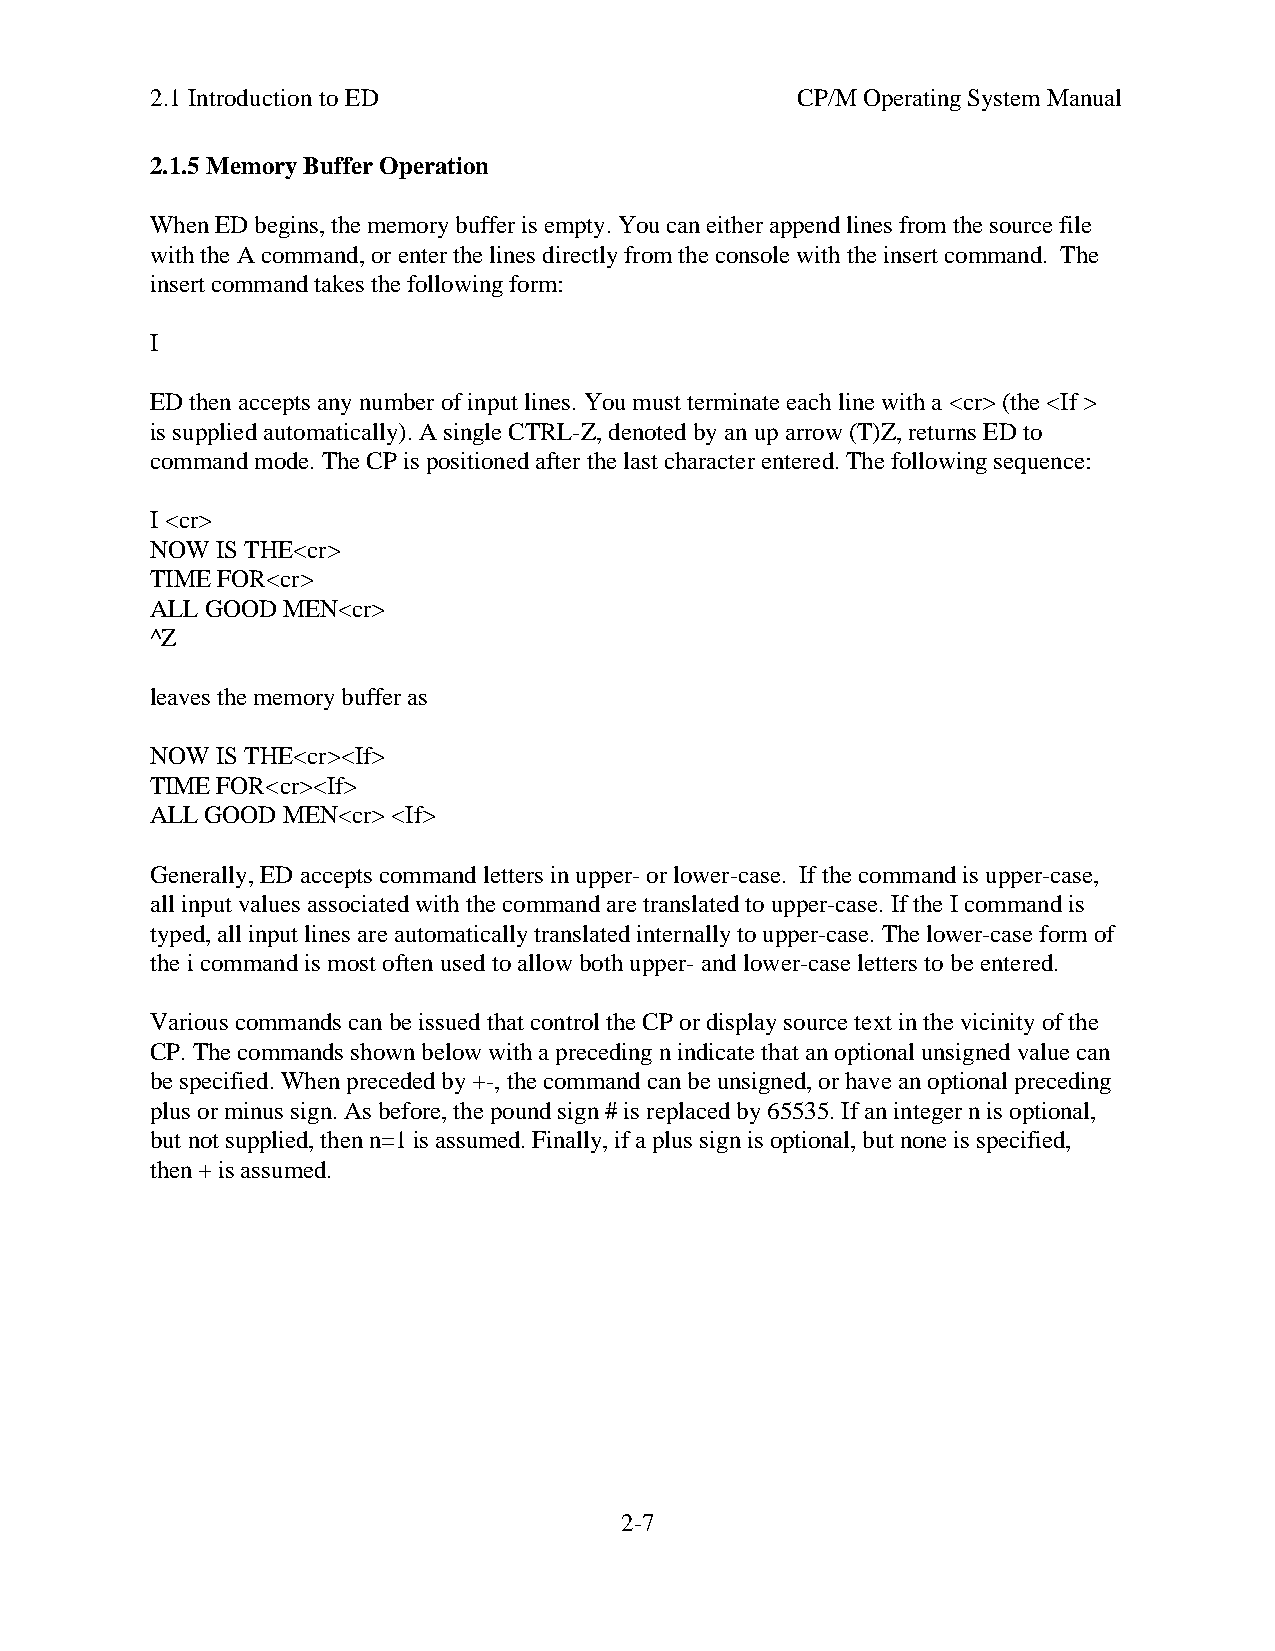
2.1 Introduction to ED                     CP/M Operating System Manual
 2.1.5 Memory Buffer Operation
 When ED begins, the memory buffer is empty. You can either append lines from the source file
 with the A command, or enter the lines directly from the console with the insert command. The
 insert command takes the following form:
 I
 ED then accepts any number of input lines. You must terminate each line with a <cr> (the <If >
 is supplied automatically). A single CTRL-Z, denoted by an up arrow (T)Z, returns ED to
 command mode. The CP is positioned after the last character entered. The following sequence:
 I <cr>
 NOW IS THE<cr>
 TIME FOR<cr>
 ALL GOOD MEN<cr>
 ^Z
 leaves the memory buffer as
 NOW IS THE<cr><If>
 TIME FOR<cr><If>
 ALL GOOD MEN<cr> <If>
 Generally, ED accepts command letters in upper- or lower-case. If the command is upper-case,
 all input values associated with the command are translated to upper-case. If the I command is
 typed, all input lines are automatically translated internally to upper-case. The lower-case form of
 the i command is most often used to allow both upper- and lower-case letters to be entered.
 Various commands can be issued that control the CP or display source text in the vicinity of the
 CP. The commands shown below with a preceding n indicate that an optional unsigned value can
 be specified. When preceded by +-, the command can be unsigned, or have an optional preceding
 plus or minus sign. As before, the pound sign # is replaced by 65535. If an integer n is optional,
 but not supplied, then n=1 is assumed. Finally, if a plus sign is optional, but none is specified,
 then + is assumed.
 2-7